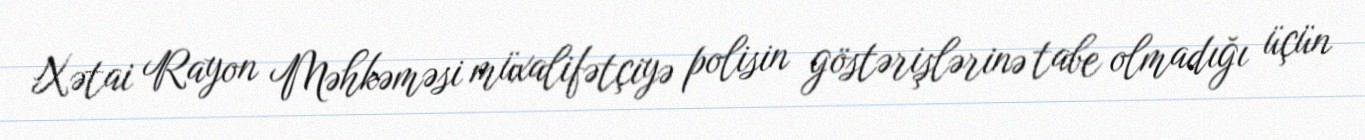
Xətai Rayon Məhkəməsi müxalifətçiyə polisin göstərişlərinə tabe olmadığı üçün